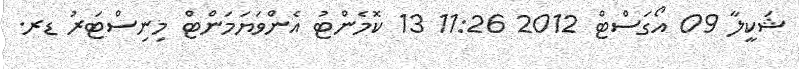
ޝަކީލާ 09 އޯގަސްޓް 2012 11:26 13 ކޮމެންޓު އެންވަޔަމަންޓް މިނިސްޓަރު ޑރ.